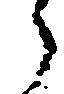
郎